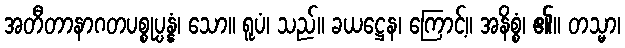
အတီတာနာဂတပစ္စုပ္ပန္နံ၊ သော။ ရူပံ၊ သည်။ ခယဋ္ဌေန၊ ကြောင့်။ အနိစ္စံ၊ ၏။ တသ္မာ၊